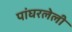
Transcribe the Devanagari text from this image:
पांघरलेली